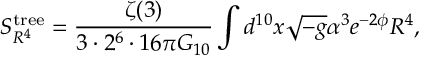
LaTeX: S _ { R ^ { 4 } } ^ { \mathrm { t r e e } } = \frac { \zeta ( 3 ) } { 3 \cdot 2 ^ { 6 } \cdot 1 6 \pi G _ { 1 0 } } \int d ^ { 1 0 } x \sqrt { - g } \alpha ^ { 3 } e ^ { - 2 \phi } R ^ { 4 } ,